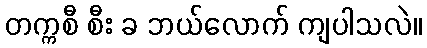
တက္ကစီ စီး ခ ဘယ်လောက် ကျပါသလဲ။